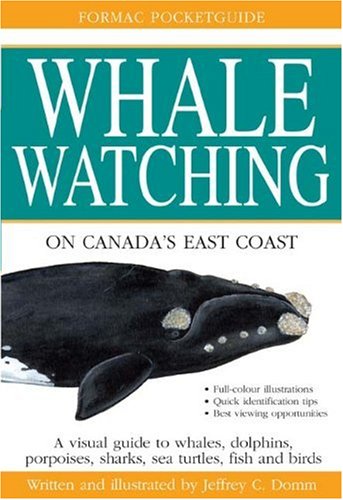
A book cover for Formac Pocketguide to Whale Watching on Canada's East Coast; Formac Publishing Company Limited; Sports & Outdoors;